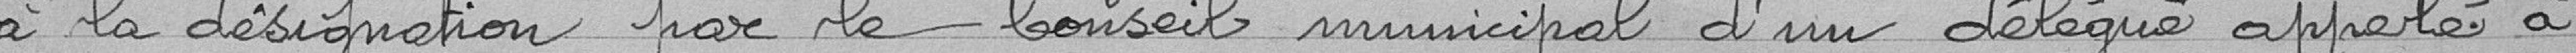
à la désignation par le Conseil municipal d'un délégué appelé à